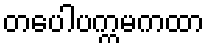
တပေါပက္ကမကထာ